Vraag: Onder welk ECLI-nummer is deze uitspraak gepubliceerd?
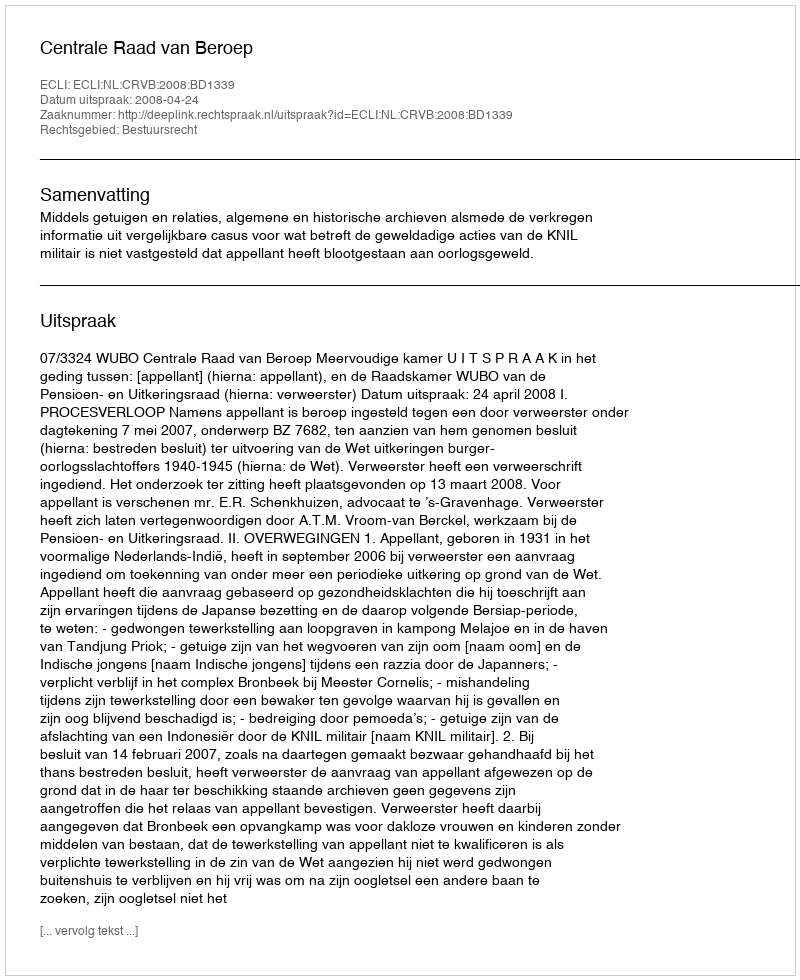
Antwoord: ECLI:NL:CRVB:2008:BD1339